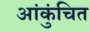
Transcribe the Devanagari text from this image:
आंकुंचित